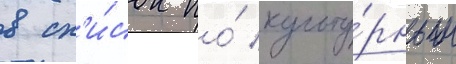
в сп'и́сок по́ культу́рным